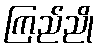
ကြည်ညို